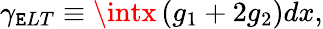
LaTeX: \gamma_{\mathtt{E}LT}\equiv\intx\left(g_{1}+2g_{2}\right)dx,